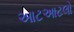
આટઆટલો